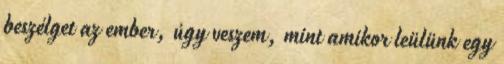
beszélget az ember, úgy veszem, mint amikor leülünk egy